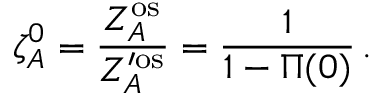
\zeta _ { A } ^ { 0 } = \frac { Z _ { A } ^ { \mathrm { o s } } } { Z _ { A } ^ { \prime \mathrm { o s } } } = \frac { 1 } { 1 - \Pi ( 0 ) } \, .